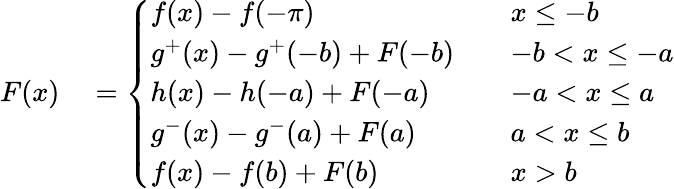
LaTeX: \begin{array}{rl}{F(x)}&{{}=\left\{ \begin{array}{ll}{f(x)-f(-\pi)}&{\quad x\leq-b}\\ {g^{+}(x)-g^{+}(-b)+F(-b)}&{\quad-b<x\leq-a}\\ {h(x)-h(-a)+F(-a)}&{\quad-a<x\leq a}\\ {g^{-}(x)-g^{-}(a)+F(a)}&{\quad a<x\leq b}\\ {f(x)-f(b)+F(b)}&{\quad x>b}\end{array}\right.}\end{array}